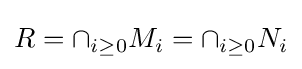
R=\cap _{i\geq 0}M_{i}=\cap _{i\geq 0}N_{i}